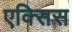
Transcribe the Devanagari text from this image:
एक्‍सिस